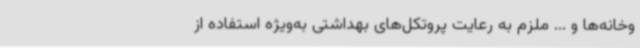
وخانه‌ها و ... ملزم به رعایت پروتکل‌های بهداشتی به‌ویژه استفاده از